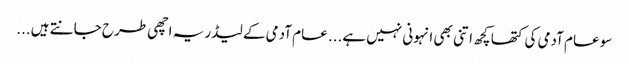
سو عام آدمی کی کتھا کچھ اتنی بھی انہونی نہیں ہے... عام آدمی کے لیڈر یہ اچھی طرح جانتے ہیں...